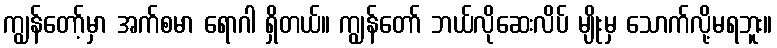
ကျွန်တော့်မှာ အက်စမာ ရောဂါ ရှိတယ်။ ကျွန်တော် ဘယ်လိုဆေးလိပ် မျိုးမှ သောက်လို့မရဘူး။